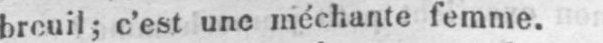
breuil; c’est une méchante femme.